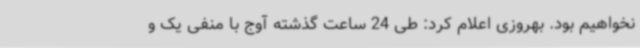
نخواهیم بود. بهروزی اعلام کرد: طی 24 ساعت گذشته آوج با منفی یک و